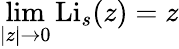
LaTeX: \operatorname*{lim}_{|z|\to 0}\operatorname{Li}_{s}(z)=z